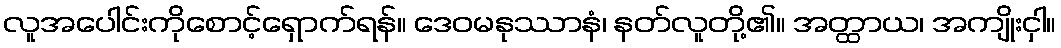
လူအပေါင်းကိုစောင့်ရှောက်ရန်။ ဒေဝမနုဿာနံ၊ နတ်လူတို့၏။ အတ္ထာယ၊ အကျိုးငှါ။